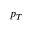
p _ { T }